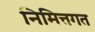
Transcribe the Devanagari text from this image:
निमित्तगत